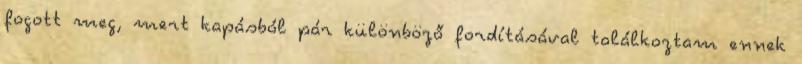
fogott meg, mert kapásból pár különböző fordításával találkoztam ennek